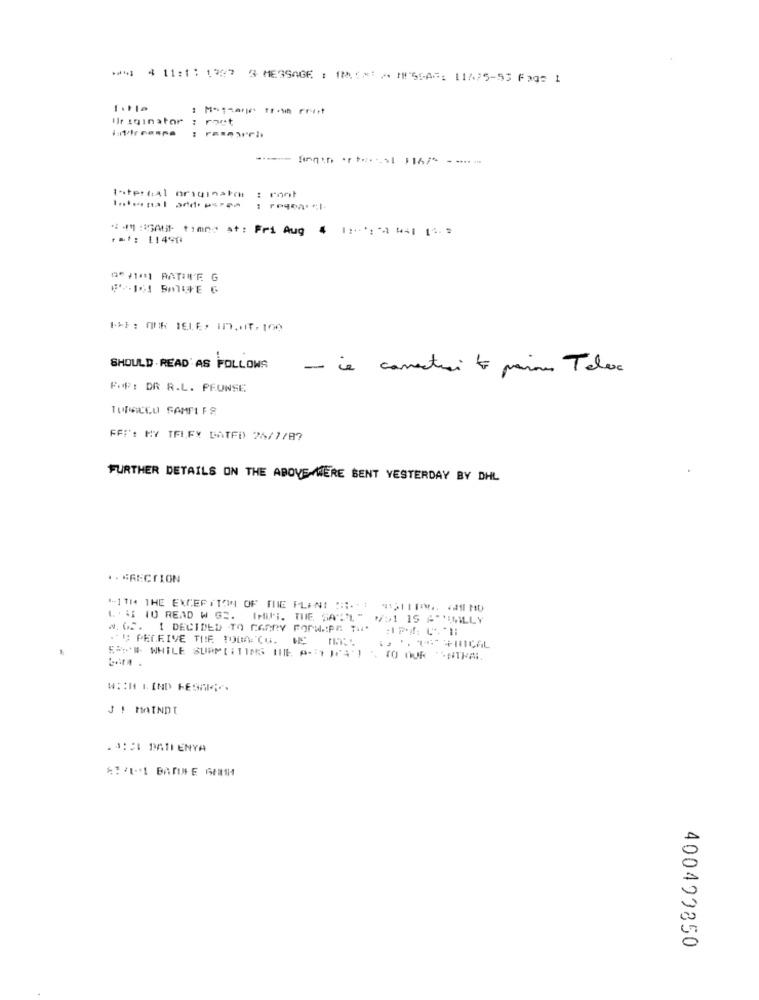
** 4 11:1: 1327 3 MESSAGE : (MiXx: " IN'SSA#: [1575-53 Fag3 1
Uriqinator : ract
Internal originale : mont
"m" :SAUF timng at: Fri Aug 4 1:': '4 441 14.3
00 /1/1 RATIVE G
IF: OUR JELE, INT.IT.100
SHOULD .READ AS FOLLOWS
- ie canestri to para Telex
FOR: DR R.L. PEONSE
TURACCU SAMFLER
FFI': MY TFLEY BATFD) 25/7/87
FURTHER DETAILS ON THE ABOVE WERE SENT YESTERDAY BY DHL
*.* RECTION
"-11H4 THE EXCEPTION OF THE PLANI SHI- TIM MO
L ' 5 10 READ W GS. THUS. THE SATL" />1 15 A""EMLLY
#. OF. I DECIDED TO CARRY POPHAPE TID :IPO CHI
. # PELEIVE THE TOMA.CO.
ER#*# WHILE SURPEITING INE. A.Y WCA'! . TO OUR "STPA.
WITH KIND FESAIG ..
J ! MAINDI
.4:CI DATIENYA
400499850